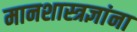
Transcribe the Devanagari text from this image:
मानशास्त्रज्ञांना